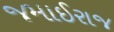
જમાઈરાજ